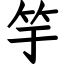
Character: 竽